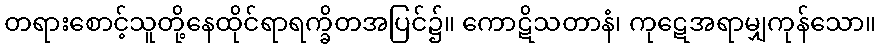
တရားစောင့်သူတို့နေထိုင်ရာရက္ခိတအပြင်၌။ ကောဋိသတာနံ၊ ကုဋေအရာမျှကုန်သော။